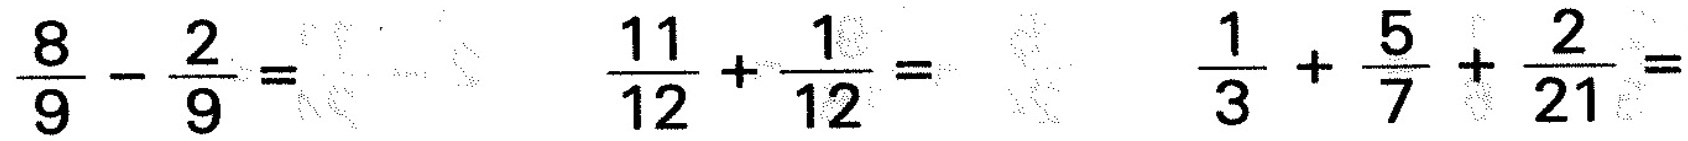
$$\frac { 8 } { 9 } - \frac { 2 } { 9 } =$$ $$\frac { 1 1 } { 1 2 } + \frac { 1 } { 1 2 } =$$ $$\frac { 1 } { 3 } + \frac { 5 } { 7 } + \frac { 2 } { 2 1 } =$$